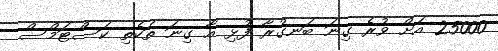
25000 އަށް ވުރެ ގިނަ ބަނގުރާ ފުޅި އާ ގިނަ ތަކެތި ކަސްޓަމްސް